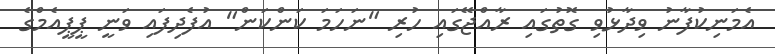
އެމަނިކުފާނު ވިދާޅުވި ގޮތުގައި ރާއްޖޭގައި ހުރި "ނަހަމަ ކަންކަން" އުފެދިފައި ވަނީ ޕީޕީއެމްގެ